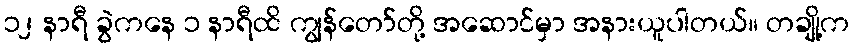
၁၂ နာရီ ခွဲကနေ ၁ နာရီထိ ကျွန်တော်တို့ အဆောင်မှာ အနားယူပါတယ်။ တချို့က